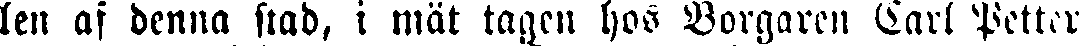
len af denna stad, i mät tagen hos Borgaren Carl Fetter